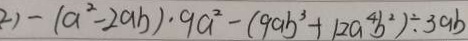
2 ) - ( a ^ { 2 } - 2 a b ) \cdot 9 a ^ { 2 } - ( 9 a b ^ { 3 } + 1 2 a ^ { 4 } b ^ { 2 } ) \div 3 a b